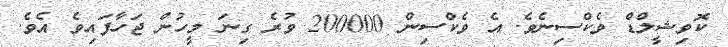
ކޮވިޝީލްޑް ވެކްްސިނެވެ. އެ ވެކްސިން 200000 ވުރެ ގިނަ މީހުން ޖަހާފައިވެ އެވެ.